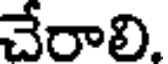
చేరాలి.